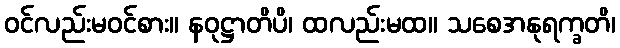
ဝင်လည်းမဝင်စား။ နဝုဋ္ဌာတိပိ၊ ထလည်းမထ။ သစေအနုရက္ခတိ၊